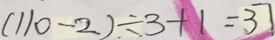
( 1 1 0 - 2 ) \div 3 + 1 = 3 7